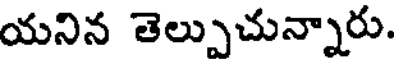
యనిన తెల్పుచున్నారు.